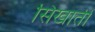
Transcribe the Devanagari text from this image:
सिखाती